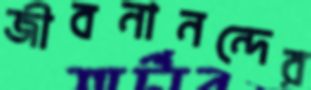
জীবনানন্দের